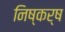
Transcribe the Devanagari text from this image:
निष्कर्ष